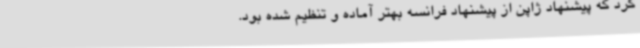
کرد که پیشنهاد ژاپن از پیشنهاد فرانسه بهتر آماده و تنظیم شده بود.